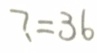
? = 3 6